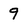
Character: 9